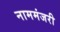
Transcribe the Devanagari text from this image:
नाममंजरी